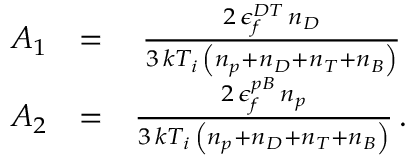
\begin{array} { r l r } { A _ { 1 } } & { = } & { \frac { 2 \, \epsilon _ { f } ^ { D T } \, n _ { D } } { 3 \, k T _ { i } \, \left( n _ { p } + n _ { D } + n _ { T } + n _ { B } \right) } \, } \\ { A _ { 2 } } & { = } & { \frac { 2 \, \epsilon _ { f } ^ { p B } \, n _ { p } } { 3 \, k T _ { i } \, \left( n _ { p } + n _ { D } + n _ { T } + n _ { B } \right) } \, . } \end{array}